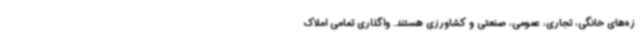
زه‌های خانگی، تجاری، عمومی، صنعتی و کشاورزی هستند. واگذاری تمامی املاک